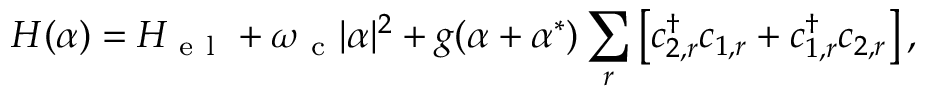
H ( \alpha ) = H _ { \mathrm { ~ e ~ l ~ } } + \omega _ { \mathrm { ~ c ~ } } | \alpha | ^ { 2 } + g ( \alpha + \alpha ^ { \ast } ) \sum _ { r } \left[ c _ { 2 , r } ^ { \dagger } c _ { 1 , r } + c _ { 1 , r } ^ { \dagger } c _ { 2 , r } \right] ,